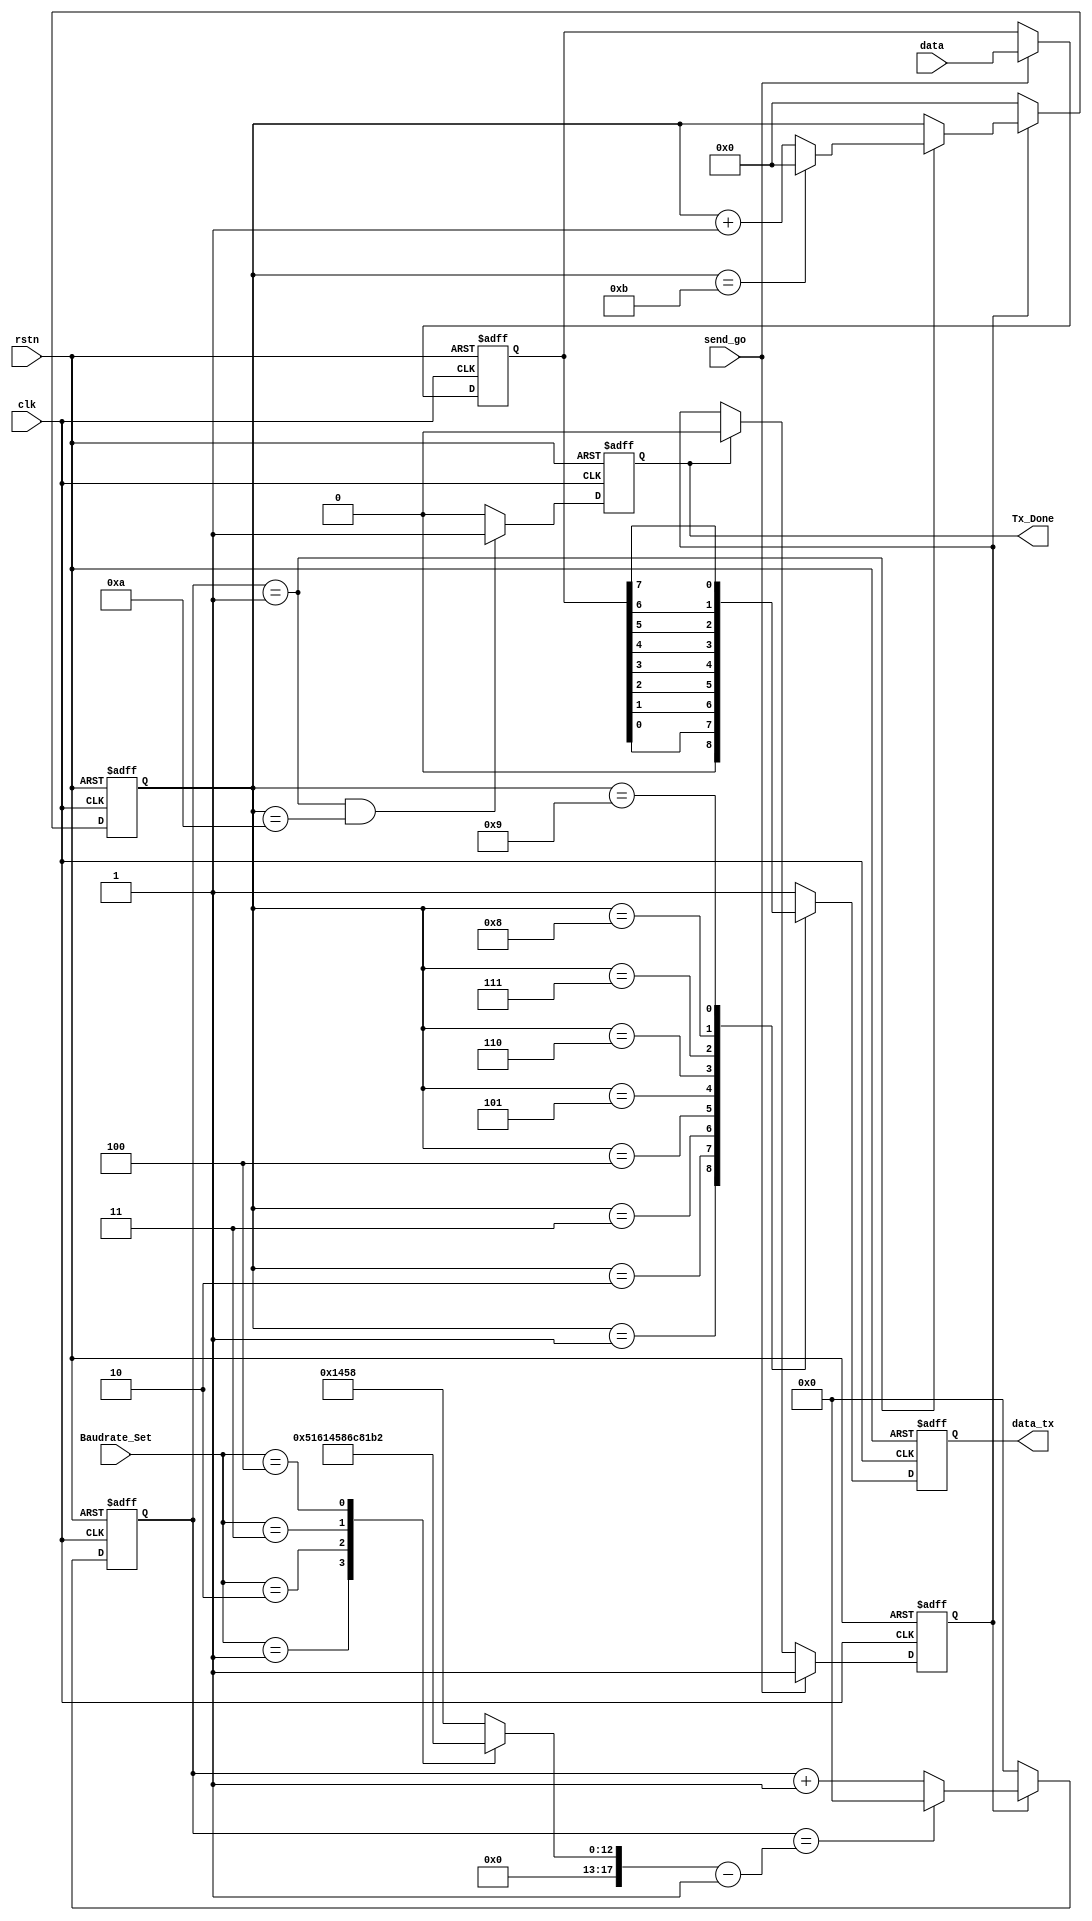
`timescale 1ns / 1ps
//////////////////////////////////////////////////////////////////////////////////
// Company: 
// Engineer: 
// 
// Design Name: 
// Module Name: uart_top
// Project Name: 
// Target Devices: 
// Tool Versions: 
// Description: UART,(8BIT -->1BIT),11,
//                      
// Dependencies: 
// 
// Revision:
// Revision 0.01 - File Created
// Additional Comments:
// 
//////////////////////////////////////////////////////////////////////////////////


module uart_top(
    input clk,
    input rstn,
    input [2:0] Baudrate_Set,//8
    input send_go,//,Done
    input [7:0] data,
    output data_tx,
    output Tx_Done //
    );
    //---parameter
    parameter SendStartValue = 1'b0;
    parameter SendOverValue = 1'b1;
    
    //------reg/wires
    reg[17:0] div_cnt;// 
        //Baudrate_Set = 0 ---> baudrate = 9600
        //Baudrate_Set = 1 ---> baudrate = 19200
        //Baudrate_Set = 2 ---> baudrate = 38400
        //Baudrate_Set = 3---> baudrate = 57600
        //Baudrate_Set = 4 ---> baudrate = 115200
        //.....
    reg [17:0] bps_DR;
    reg [3:0] bps_cnt;
    wire bps_clk;
    reg send_en;//send_gosend_go
        //tx_Data_Reg
    reg data_tx_reg;
    reg Tx_Done_Reg;
    reg [7:0] data_reg;//send_go

    //----------------------
    //--------------dataInReg-------------------
    always @(posedge clk or negedge rstn) begin
        if (!rstn) begin
            data_reg <= 8'd0;
        end
        else begin
            if (send_go) begin//send_go
                data_reg <= data ;
            end
            else begin
                data_reg <= data_reg;
            end
        end
    end
    //--------------------
    //baudrate_set 
    //bps_DR  
    //bps_DR = 1_000_000_000 / baudrate / 20 
    always @(*) begin
        case(Baudrate_Set)
        3'd0:bps_DR =  1_000_000_000 / 9600 / 20 ;
        3'd1:bps_DR =  1_000_000_000 / 19200 / 20 ; 
        3'd2:bps_DR =  1_000_000_000 / 38400 / 20 ;
        3'd3:bps_DR =  1_000_000_000 / 57600 / 20 ;
        3'd4:bps_DR =  1_000_000_000 / 115200 / 20 ;
        default : bps_DR = 1_000_000_000 / 9600 / 20 ;
        endcase
    end



    //-----------------------
    always @(posedge clk or negedge rstn) begin
        if(!rstn)begin
            div_cnt <= 18'd0;
        end
        else begin
            if(send_en)begin
                if (div_cnt == bps_DR - 1'b1) begin
                        div_cnt <= 18'd0 ;
                end
                else begin
                    div_cnt <= div_cnt + 1'b 1 ; 
                end
            end
            else begin
                div_cnt <= 18'd0;
            end
        end
    end
    //-------bps_cnt--------------------
    assign bps_clk = (div_cnt == 1);
    always @(posedge clk or negedge rstn) begin
        if(!rstn)begin
            bps_cnt <= 4'd0;
        end
        else begin
            if (send_en) begin
                if (bps_clk) begin
                    if (bps_cnt == 4'd11) begin
                            bps_cnt <= 4'd0;                       
                    end
                    else begin
                        bps_cnt <= bps_cnt + 1'b1;
                        //Tx_Done_Reg <= 1'b0;
                    end
                end 
            end
            else begin
                bps_cnt <= 4'd0;
            end
        end
    end


//-----------------------Send block------------------
    always @(posedge clk or negedge rstn) begin
        if (!rstn) begin
            data_tx_reg <= 1'b0;
        end
        else begin
            case (bps_cnt)
                //4'd0:Tx_Done_Reg <= 1'b0;//always block
                4'd1:data_tx_reg <=SendStartValue;//10
                4'd2:data_tx_reg <= data_reg[0];
                4'd3:data_tx_reg <= data_reg[1];
                4'd4:data_tx_reg <= data_reg[2];
                4'd5:data_tx_reg <= data_reg[3];
                4'd6:data_tx_reg <= data_reg[4];
                4'd7:data_tx_reg <= data_reg[5];
                4'd8:data_tx_reg <= data_reg[6];
                4'd9:data_tx_reg <= data_reg[7];
                4'd10:data_tx_reg <= SendOverValue;
                4'd11:begin 
                    data_tx_reg <= SendOverValue;
                    //Tx_Done_Reg <= 1'b1; always_block
                end//send over
                default :data_tx_reg <= 1'b1;
                    
            endcase
        end
    end
    //-----------------send_go to send_en--------//
   always @(posedge clk or negedge rstn) begin
        if (!rstn) begin
            send_en <= 1'b0;
        end
        else begin
            if (send_go) begin //1 
                send_en <= 1'b1;
            end
            else begin
                if (Tx_Done) begin
                    send_en <= 1'b0;
                end
            end
        end
    end

    //-----------done change 
    always @(posedge clk or negedge rstn) begin
        if (!rstn) begin
            Tx_Done_Reg <= 1'b0;
        end
        else begin
            if ((bps_clk == 1'b1) && (bps_cnt == 4'd10)) begin //donedone1
                Tx_Done_Reg <= 1'b1;
            end
            else begin
                Tx_Done_Reg <= 1'b0;
            end
        end
    end
    assign data_tx = data_tx_reg;
    assign Tx_Done = Tx_Done_Reg;



endmodule